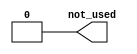
//
// Generated by Bluespec Compiler, version 2017.07.A (build 4f44cbe, 2017-07-21)
//
// On Sat Jun  2 16:42:51 EDT 2018
//
//
// Ports:
// Name                         I/O  size props
// not_used                       O     1 const
//
// No combinational paths from inputs to outputs
//
//

`ifdef BSV_ASSIGNMENT_DELAY
`else
  `define BSV_ASSIGNMENT_DELAY
`endif

`ifdef BSV_POSITIVE_RESET
  `define BSV_RESET_VALUE 1'b1
  `define BSV_RESET_EDGE posedge
`else
  `define BSV_RESET_VALUE 1'b0
  `define BSV_RESET_EDGE negedge
`endif

module mkSceMiLinkTypeParameter(not_used);
  parameter [3 : 0] link_type = 4'b0;

  // value method not_used
  output not_used;

  // signals for module outputs
  wire not_used;

  // value method not_used
  assign not_used = 1'd0 ;
endmodule  // mkSceMiLinkTypeParameter